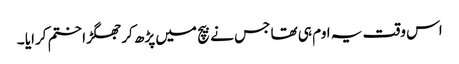
اس وقت یہ اوم ہی تھا جس نے بیچ میں پڑھ کر جھگڑا ختم کرایا ۔